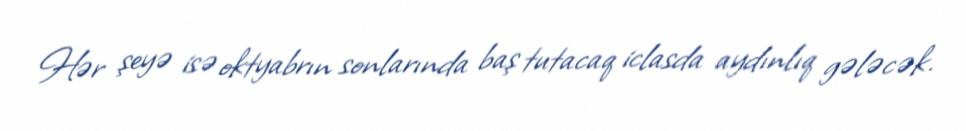
Hər şeyə isə oktyabrın sonlarında baş tutacaq iclasda aydınlıq gələcək.